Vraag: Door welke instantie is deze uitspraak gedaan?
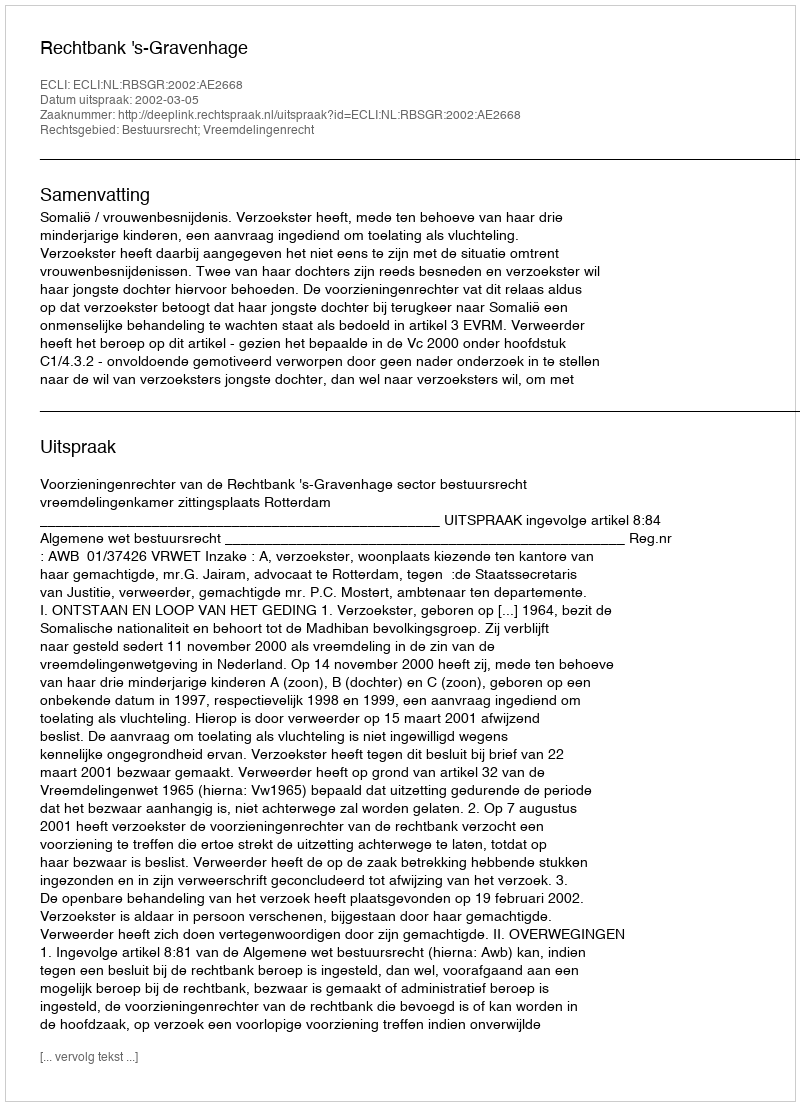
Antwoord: Rechtbank 's-Gravenhage